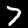
Label: 7